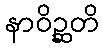
နာဝိဉ္ဆတိ